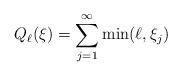
LaTeX: \begin{align*}Q_{\ell}(\xi) = \sum_{j=1}^{\infty} \min(\ell, \xi_j)\end{align*}